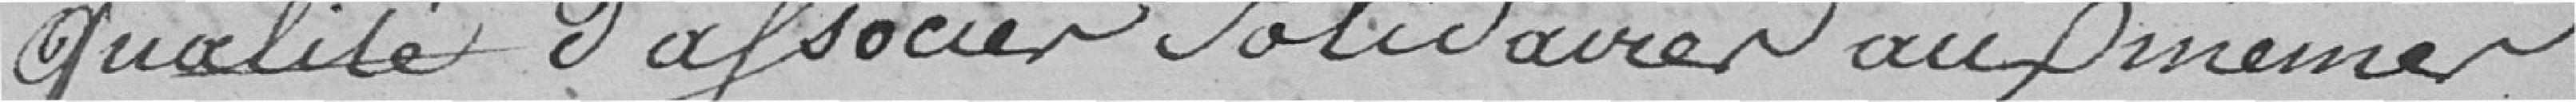
qualité d'associés solidaires aux mêmes